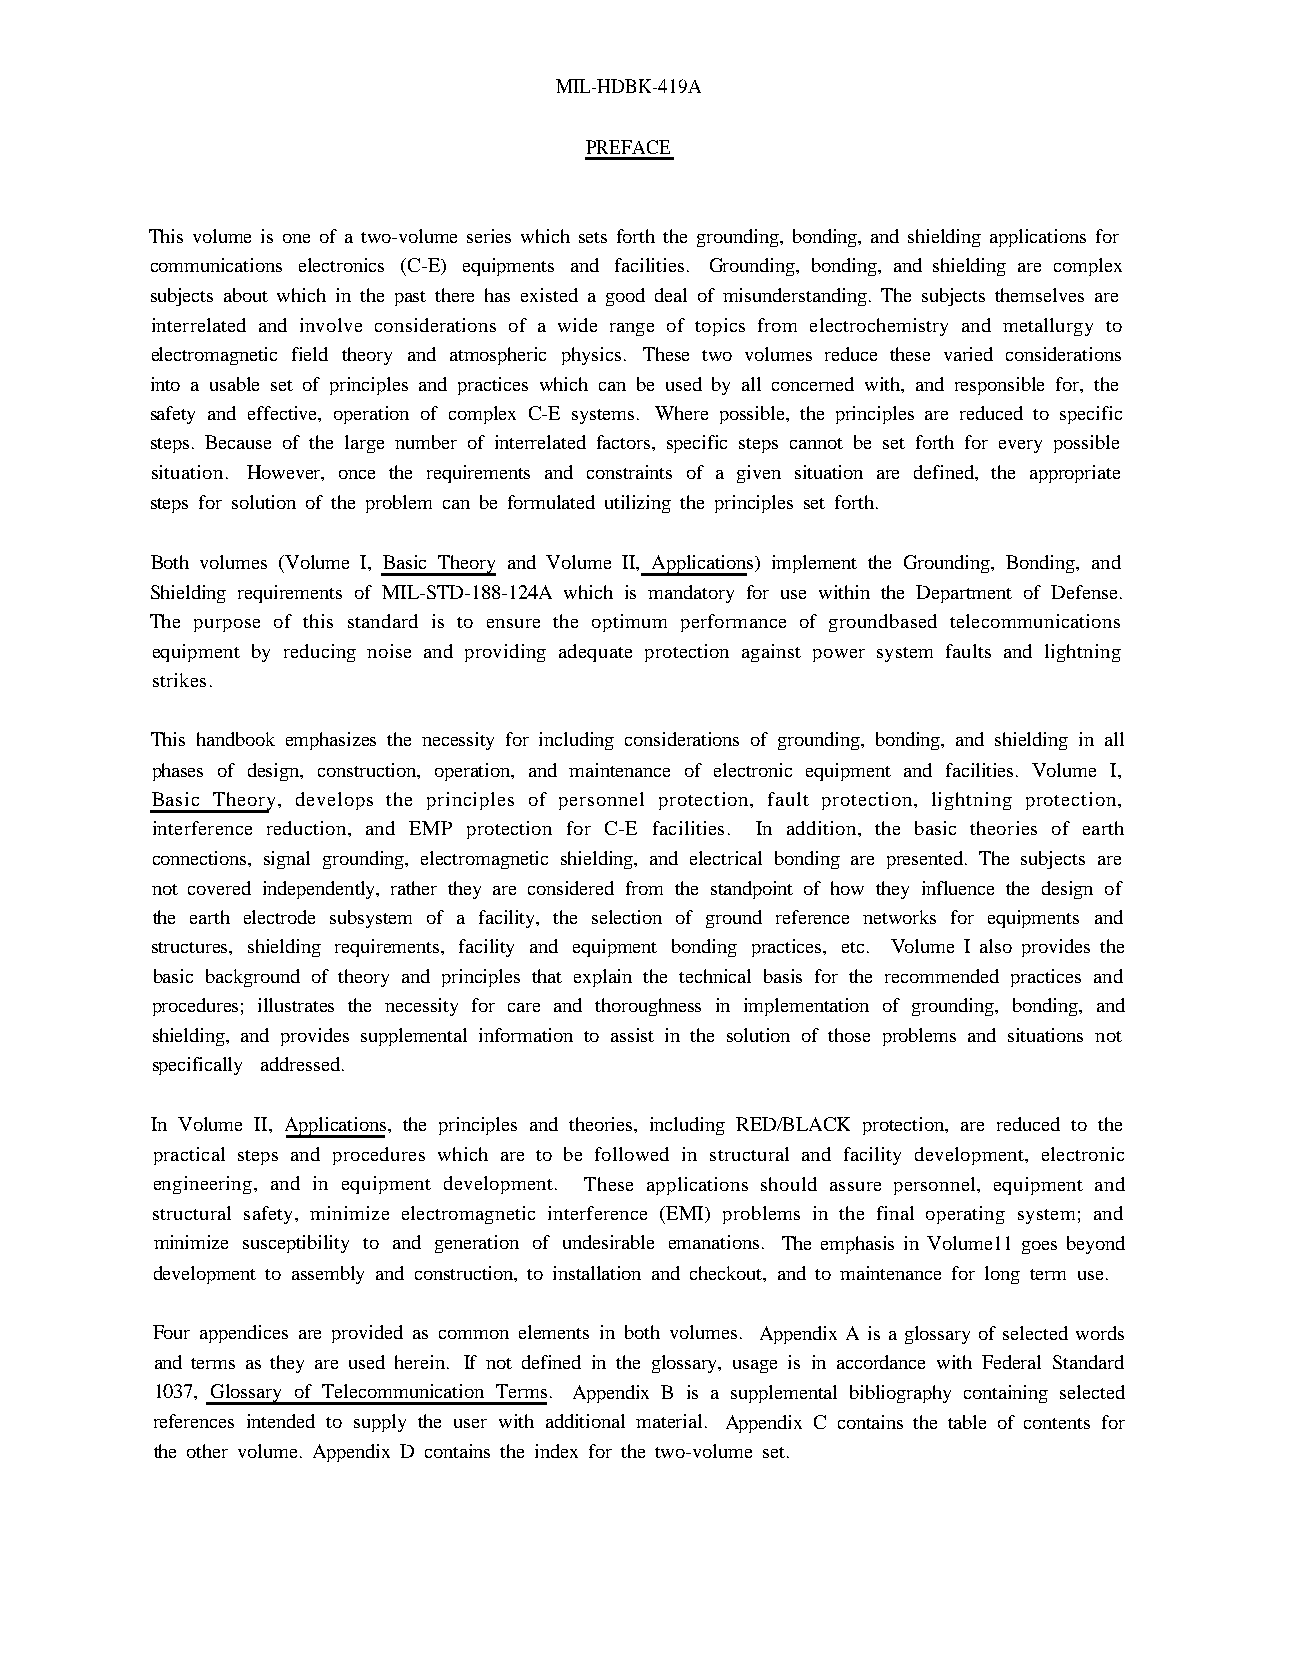
MIL-HDBK-419A
 PREFACE
 This volume is one of a two-volume series which sets forth the grounding, bonding, and shielding applications for
 communications electronics (C-E) equipments and facilities. Grounding, bonding, and shielding are complex
 subjects about which in the past there has existed a good deal of misunderstanding. The subjects themselves are
 interrelated and involve considerations of a wide range of topics from electrochemistry and metallurgy to
 electromagnetic field theory and atmospheric physics. These two volumes reduce these varied considerations
 into a usable set of principles and practices which can be used by all concerned with, and responsible for, the
 safety and effective, operation of complex C-E systems. Where possible, the principles are reduced to specific
 steps. Because of the large number of interrelated factors, specific steps cannot be set forth for every possible
 situation. However, once the requirements and constraints of a given situation are defined, the appropriate
 steps for solution of the problem can be formulated utilizing the principles set forth.
 Both volumes (Volume I, Basic Theory and Volume II, Applications) implement the Grounding, Bonding, and
 Shielding requirements of MIL-STD-188-124A which is mandatory for use within the Department of Defense.
 The purpose of this standard is to ensure the optimum performance of groundbased telecommunications
 equipment by reducing noise and providing adequate protection against power system faults and lightning
 strikes.
 This handbook emphasizes the necessity for including considerations of grounding, bonding, and shielding in all
 phases of design, construction, operation, and maintenance of electronic equipment and facilities. Volume I,
 Basic Theory, develops the principles of personnel protection, fault protection, lightning protection,
 interference reduction, and EMP protection for C-E facilities. In addition, the basic theories of earth
 connections, signal grounding, electromagnetic shielding, and electrical bonding are presented. The subjects are
 not covered independently, rather they are considered from the standpoint of how they influence the design of
 the earth electrode subsystem of a facility, the selection of ground reference networks for equipments and
 structures, shielding requirements, facility and equipment bonding practices, etc. Volume I also provides the
 basic background of theory and principles that explain the technical basis for the recommended practices and
 procedures; illustrates the necessity for care and thoroughness in implementation of grounding, bonding, and
 shielding, and provides supplemental information to assist in the solution of those problems and situations not
 specifically addressed.
 In Volume II, Applications, the principles and theories, including RED/BLACK protection, are reduced to the
 practical steps and procedures which are to be followed in structural and facility development, electronic
 engineering, and in equipment development. These applications should assure personnel, equipment and
 structural safety, minimize electromagnetic interference (EMI) problems in the final operating system; and
 minimize susceptibility to and generation of undesirable emanations. The emphasis in Volume11 goes beyond
 development to assembly and construction, to installation and checkout, and to maintenance for long term use.
 Four appendices are provided as common elements in both volumes. Appendix A is a glossary of selected words
 and terms as they are used herein. If not defined in the glossary, usage is in accordance with Federal Standard
 1037, Glossary of Telecommunication Terms. Appendix B is a supplemental bibliography containing selected
 references intended to supply the user with additional material. Appendix C contains the table of contents for
 the other volume. Appendix D contains the index for the two-volume set.